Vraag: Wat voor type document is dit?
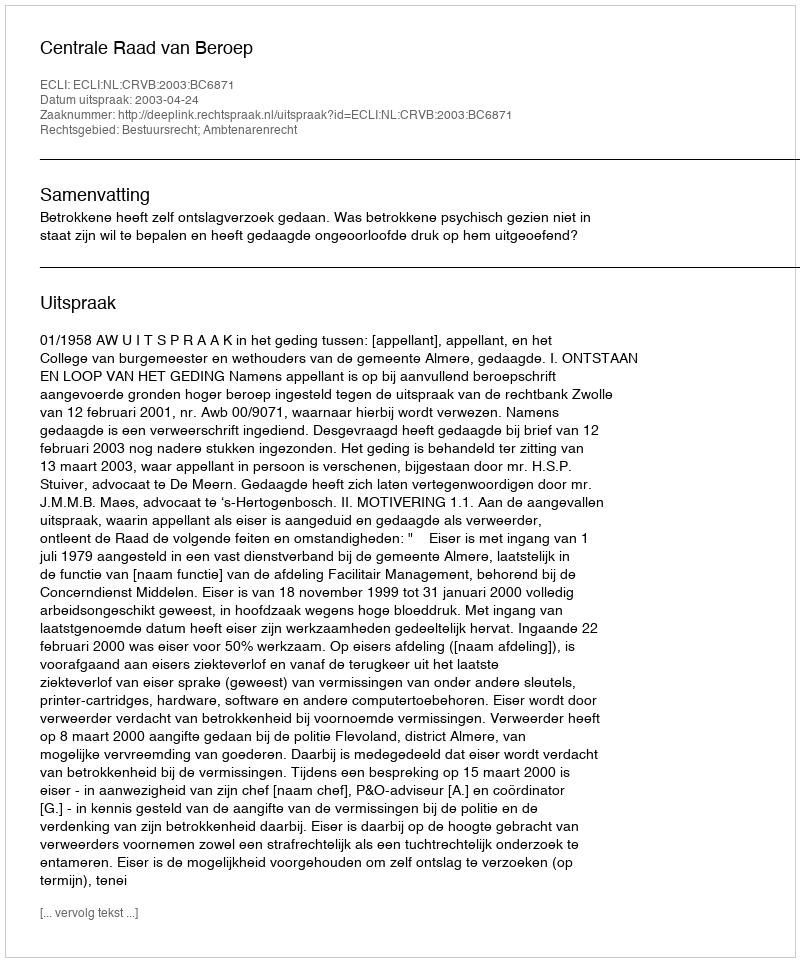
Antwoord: Uitspraak